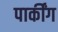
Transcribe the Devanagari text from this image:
पार्कींग